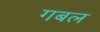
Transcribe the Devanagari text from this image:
गबल